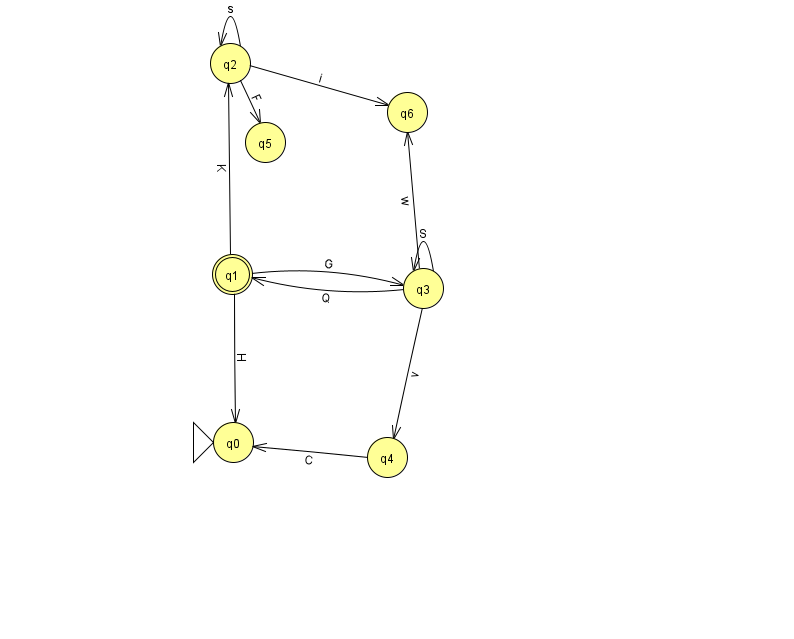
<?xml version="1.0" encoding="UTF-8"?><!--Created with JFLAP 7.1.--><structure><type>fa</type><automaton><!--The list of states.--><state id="0" name="q0"><x>233.0</x><y>429.0</y><initial/></state><state id="1" name="q1"><x>232.0</x><y>261.0</y><final/></state><state id="2" name="q2"><x>230.0</x><y>50.0</y></state><state id="3" name="q3"><x>423.0</x><y>275.0</y></state><state id="4" name="q4"><x>387.0</x><y>444.0</y></state><state id="5" name="q5"><x>265.0</x><y>129.0</y></state><state id="6" name="q6"><x>407.0</x><y>99.0</y></state><!--The list of transitions.--><transition><from>1</from><to>2</to><read>K</read></transition><transition><from>3</from><to>1</to><read>Q</read></transition><transition><from>1</from><to>0</to><read>H</read></transition><transition><from>2</from><to>2</to><read>s</read></transition><transition><from>3</from><to>3</to><read>S</read></transition><transition><from>2</from><to>5</to><read>F</read></transition><transition><from>4</from><to>0</to><read>C</read></transition><transition><from>1</from><to>3</to><read>G</read></transition><transition><from>3</from><to>6</to><read>w</read></transition><transition><from>3</from><to>4</to><read>v</read></transition><transition><from>2</from><to>6</to><read>i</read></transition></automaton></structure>